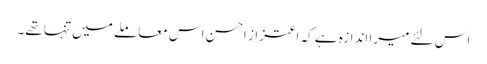
اس لئے میرا اندازہ ہے کہ اعتزاز احسن اس معاملے میں تنہا تھے۔